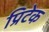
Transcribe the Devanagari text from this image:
प्रिटेक